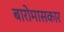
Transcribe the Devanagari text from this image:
बारोमासकार